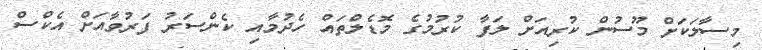
މިސާލަކަށް މޫސުން ކުރިއަށް ލަފާ ކުރުމުގެ މޮޑެލްތައް ހެދުމާއި ކެންސަރު ފަރުވާއަށް އެކްސް